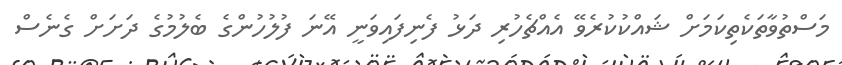
މަސްތުވާތަކެތިކަމަށް ޝައްކުކުރެވޭ އެއްޗެހުރި ދަޅު ފެނިފައިވަނީ އޭނަ ފުލުހުންގެ ބެލުމުގެ ދަށަށް ގެނެސް